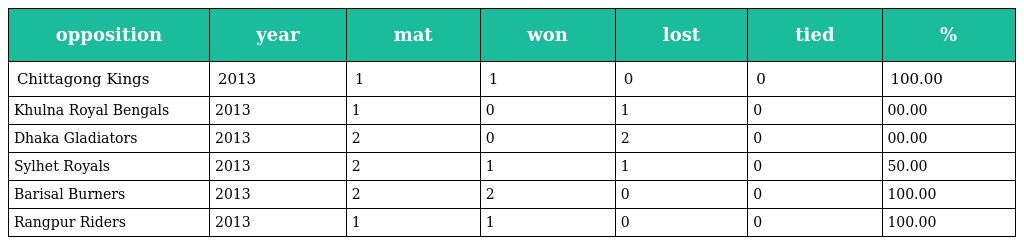
| opposition | year | mat | won | lost | tied | % |
 | --- | --- | --- | --- | --- | --- | --- |
 | Chittagong Kings | 2013 | 1 | 1 | 0 | 0 | 100.00 |
 | Khulna Royal Bengals | 2013 | 1 | 0 | 1 | 0 | 00.00 |
 | Dhaka Gladiators | 2013 | 2 | 0 | 2 | 0 | 00.00 |
 | Sylhet Royals | 2013 | 2 | 1 | 1 | 0 | 50.00 |
 | Barisal Burners | 2013 | 2 | 2 | 0 | 0 | 100.00 |
 | Rangpur Riders | 2013 | 1 | 1 | 0 | 0 | 100.00 |